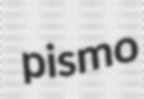
pismo